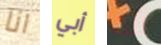
انا أبي آلت